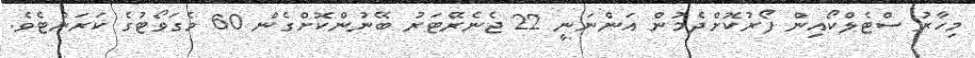
މިހާރު ސްޓެލްކޯއިން ފޯރުކޮށްދެމުން އަންނަނީ 22 ޖެނެރޭޓަރު ބޭނުންކޮށްގެން 60 މެގަވޯޓުގެ ކަރަންޓެވެ.